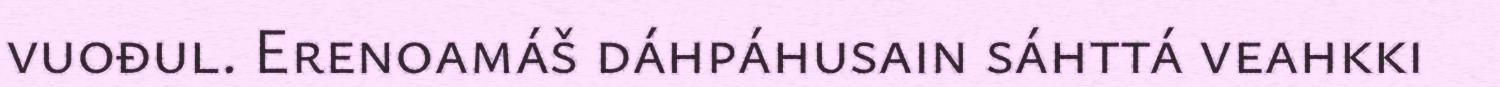
vuođul. Erenoamáš dáhpáhusain sáhttá veahkki